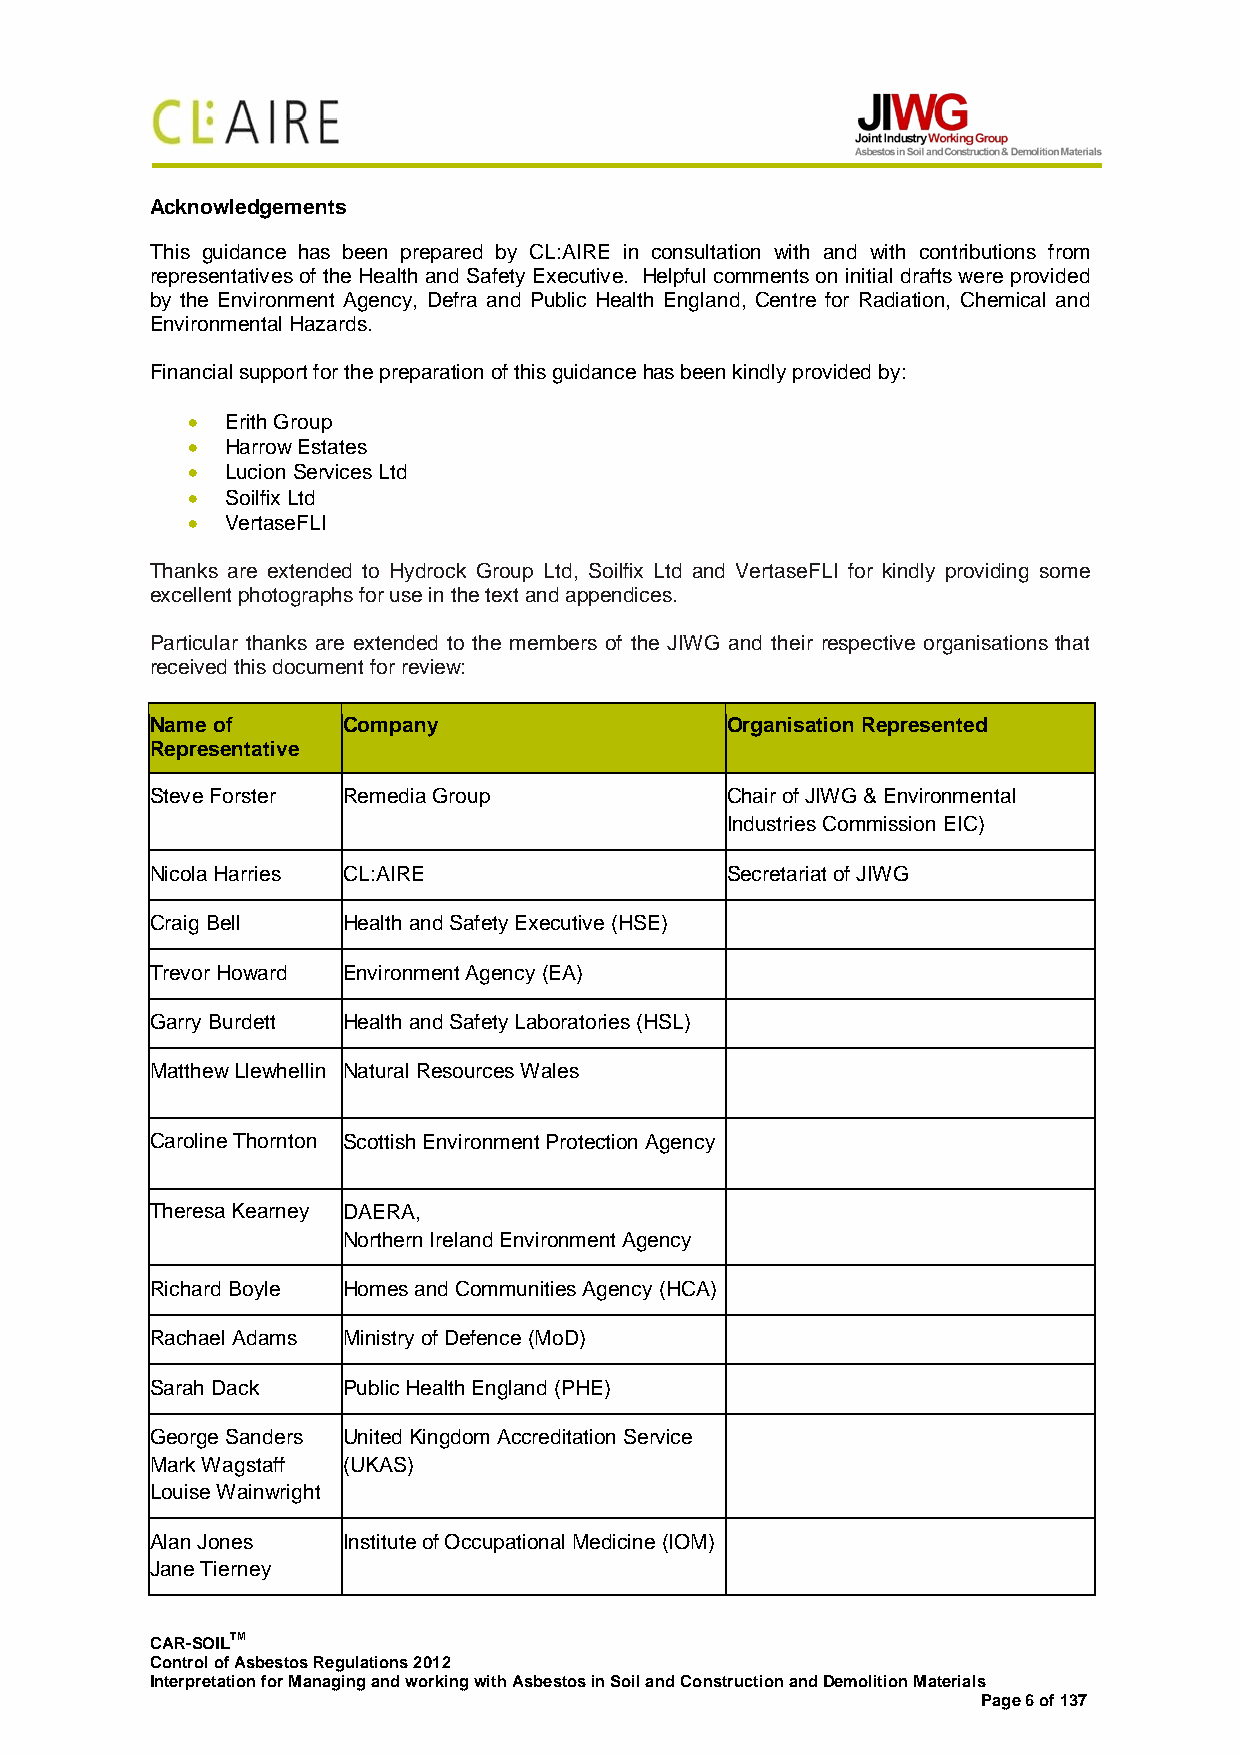
Acknowledgements
 This guidance has been prepared by CL:AIRE in consultation with and with contributions from
 representatives of the Health and Safety Executive. Helpful comments on initial drafts were provided
 by the Environment Agency, Defra and Public Health England, Centre for Radiation, Chemical and
 Environmental Hazards.
 Financial support for the preparation of this guidance has been kindly provided by:
 •  Erith Group
 •  Harrow Estates
 •  Lucion Services Ltd
 •  Soilfix Ltd
 •  VertaseFLI
 Thanks are extended to Hydrock Group Ltd, Soilfix Ltd and VertaseFLI for kindly providing some
 excellent photographs for use in the text and appendices.
 Particular thanks are extended to the members of the JIWG and their respective organisations that
 received this document for review:
 Name of      Company                  Organisation Represented
 Representative
 Steve Forster Remedia Group           Chair of JIWG & Environmental
 Industries Commission EIC)
 Nicola Harries CL:AIRE                Secretariat of JIWG
 Craig Bell   Health and Safety Executive (HSE)
 Trevor Howard Environment Agency (EA)
 Garry Burdett Health and Safety Laboratories (HSL)
 Matthew Llewhellin Natural Resources Wales
 Caroline Thornton Scottish Environment Protection Agency
 Theresa Kearney DAERA,
 Northern Ireland Environment Agency
 Richard Boyle Homes and Communities Agency (HCA)
 Rachael Adams Ministry of Defence (MoD)
 Sarah Dack   Public Health England (PHE)
 George Sanders United Kingdom Accreditation Service
 Mark Wagstaff (UKAS)
 Louise Wainwright
 Alan Jones   Institute of Occupational Medicine (IOM)
 Jane Tierney
 CAR-SOILTM
 Control of Asbestos Regulations 2012
 Interpretation for Managing and working with Asbestos in Soil and Construction and Demolition Materials
 Page 6 of 137